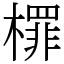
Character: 檌